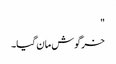
"
خرگوش مان گیا۔